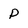
Character: P